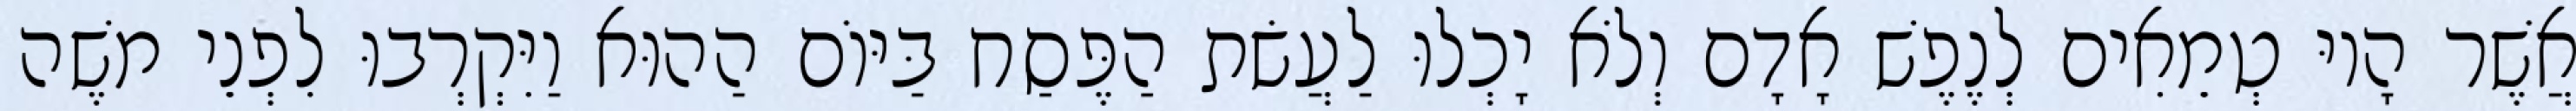
אֲשֶׁר הָיוּ טְמֵאִים לְנֶפֶשׁ אָדָם וְלֹא יָכְלוּ לַעֲשׂת הַפֶּסַח בַּיּוֹם הַהוּא וַיִּקְרְבוּ לִפְנֵי משֶׁה